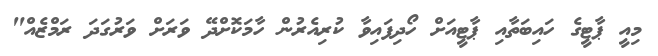
މިއީ ޕާޓީގެ ހައިބަތާއި ޕާޓީއަށް ހޯދިފައިވާ ކުރިއެރުން ހާމަކޮށްދޭ ވަރަށް ވަރުގަދަ ރަމްޒެއް"